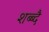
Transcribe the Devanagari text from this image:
शब्ब्दै